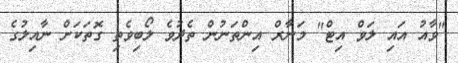
"ވާއު އައި ލަވް އިޓް" މަނާރް އިންތަނުން ތެދުވެ ލޯބިވެތި ގޮތަކަށް ނާއިލުގެ